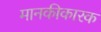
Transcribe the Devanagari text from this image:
मानकीकारक